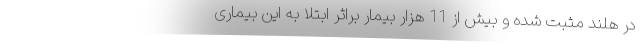
در هلند مثبت شده و بیش از 11 هزار بیمار براثر ابتلا به این بیماری